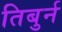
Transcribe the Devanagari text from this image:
तिबुर्न